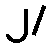
၂/